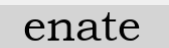
enate